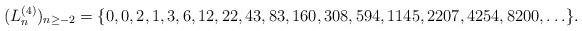
LaTeX: \begin{align*}(L_{n}^{(4)})_{n\ge -2}=\{0, 0, 2, 1, 3, 6, 12, 22, 43, 83, 160, 308, 594, 1145, 2207, 4254, 8200,\ldots\}.\end{align*}